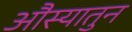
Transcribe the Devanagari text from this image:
औस्यातुन